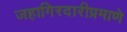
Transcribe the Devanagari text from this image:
जहागिरदारीप्रमाणे